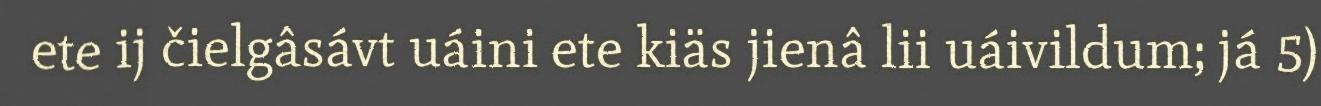
ete ij čielgâsávt uáini ete kiäs jienâ lii uáivildum; já 5)